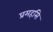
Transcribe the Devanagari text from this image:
प्रमहसि